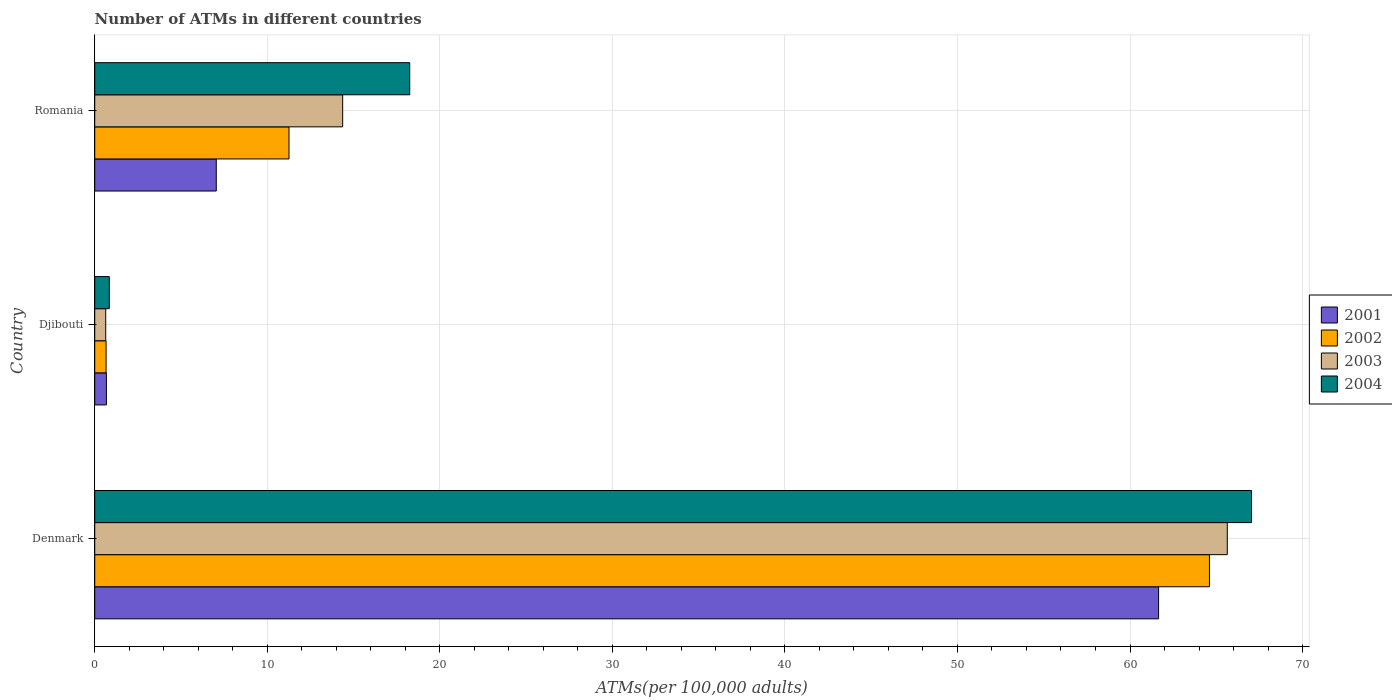
| Country | 2001 | 2002 | 2003 | 2004 |
 | --- | --- | --- | --- | --- |
 | Denmark | 61.7 | 64.6 | 65.6 | 67 |
 | Djibouti | 0.676 | 0.656 | 0.638 | 0.844 |
 | Romania | 7.04 | 11.3 | 14.4 | 18.3 |